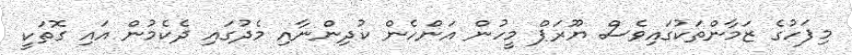
މިފަހުގެ ޒަމާންތަކުގައިވެސް ޔޫރަޕް މީހުން އަންހެން ކުދިންނާއި މެދުގައި ދެކެމުން އައި ގޮތަކީ